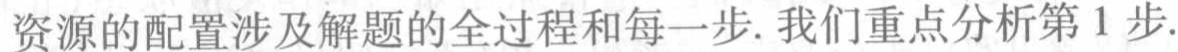
资源的配置涉及解题的全过程和每一步. 我们重点分析第 1 步.